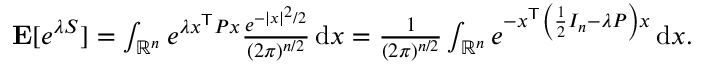
\begin{array} { r } { \mathbf { E } [ e ^ { \lambda S } ] = \int _ { \mathbb { R } ^ { n } } e ^ { \lambda x ^ { \mathsf { T } } P x } \frac { e ^ { - | x | ^ { 2 } / 2 } } { ( 2 \pi ) ^ { n / 2 } } \, \mathrm { d } x = \frac { 1 } { ( 2 \pi ) ^ { n / 2 } } \int _ { \mathbb { R } ^ { n } } e ^ { - x ^ { \mathsf { T } } \left( \frac { 1 } { 2 } I _ { n } - \lambda P \right) x } \, \mathrm { d } x . } \end{array}